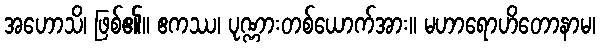
အဟောသိ၊ ဖြစ်၏။ ဧကဿ၊ ပုဏ္ဏားတစ်ယောက်အား။ မဟာရောဟိတောနာမ၊